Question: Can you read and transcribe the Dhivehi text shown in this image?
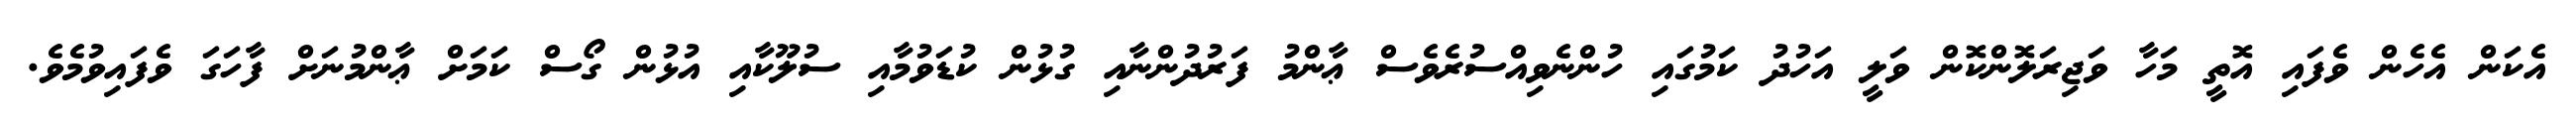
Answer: އެކަން އެހެން ވެފައި އޮތީ މަހާ ވަޖިރަލޮންކޮން ވަލީ އަހުދު ކަމުގައި ހުންނެވިއްސުރެވެސް ޢާންމު ފަރުދުންނާއި ގުޅުން ކުޑަވުމާއި ސުލޫކާއި އުޅުން ގޯސް ކަމަށް ޢާންމުނަށް ފާހަގަ ވެފައިވުމެވެ.